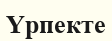
Үрпекте